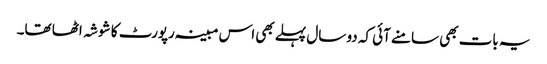
یہ بات بھی سامنے آئی کہ دو سال پہلے بھی اس مبینہ رپورٹ کا شوشہ اٹھا تھا۔